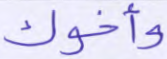
وأخوك